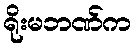
ရိုးမဘဏ်က